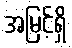
အမြင့်ရှိ